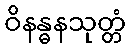
ဝိနန္ဓနသုတ္တံ